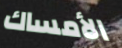
الأمساك